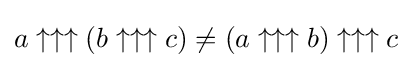
a\uparrow \uparrow \uparrow (b\uparrow \uparrow \uparrow c)\neq (a\uparrow \uparrow \uparrow b)\uparrow \uparrow \uparrow c